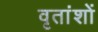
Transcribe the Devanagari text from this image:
वृतांशों